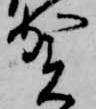
賀